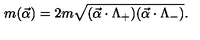
m ( \vec { \alpha } ) = 2 m \sqrt { ( \vec { \alpha } \cdot \Lambda _ { + } ) ( \vec { \alpha } \cdot \Lambda _ { - } ) } .